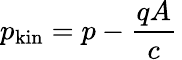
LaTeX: p_{\mathrm{kin}}=p-{\frac{qA}{c}}\,